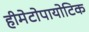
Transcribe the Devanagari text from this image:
हीमेटोपायोटिक